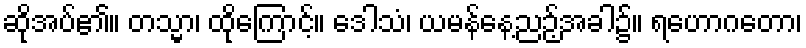
ဆိုအပ်၏။ တသ္မာ၊ ထိုကြောင့်။ ဒေါသံ၊ ယမန်နေ့ညဉ့်အခါ၌။ ရဟောဂတော၊